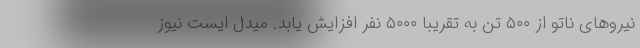
نیروهای ناتو از ۵۰۰ تن به تقریبا ۵۰۰۰ نفر افزایش یابد. میدل ایست نیوز